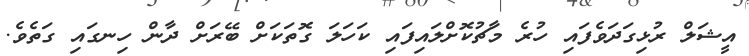
އީޝަލް ރުޅިގަދަވެފައި ހުރެ މާޗުކޮށްލައިފައި ކަހަލަ ގޮތަކަށް ބޭރަށް ދާން ހިނގައި ގަތެވެ.